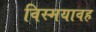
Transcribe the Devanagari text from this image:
विस्मयावह